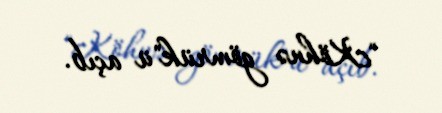
"Köhnə gömrük"ü açıb.